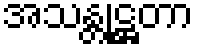
အသန္တုဋ္ဌတာ